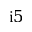
\mathrm { i } 5